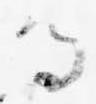
る